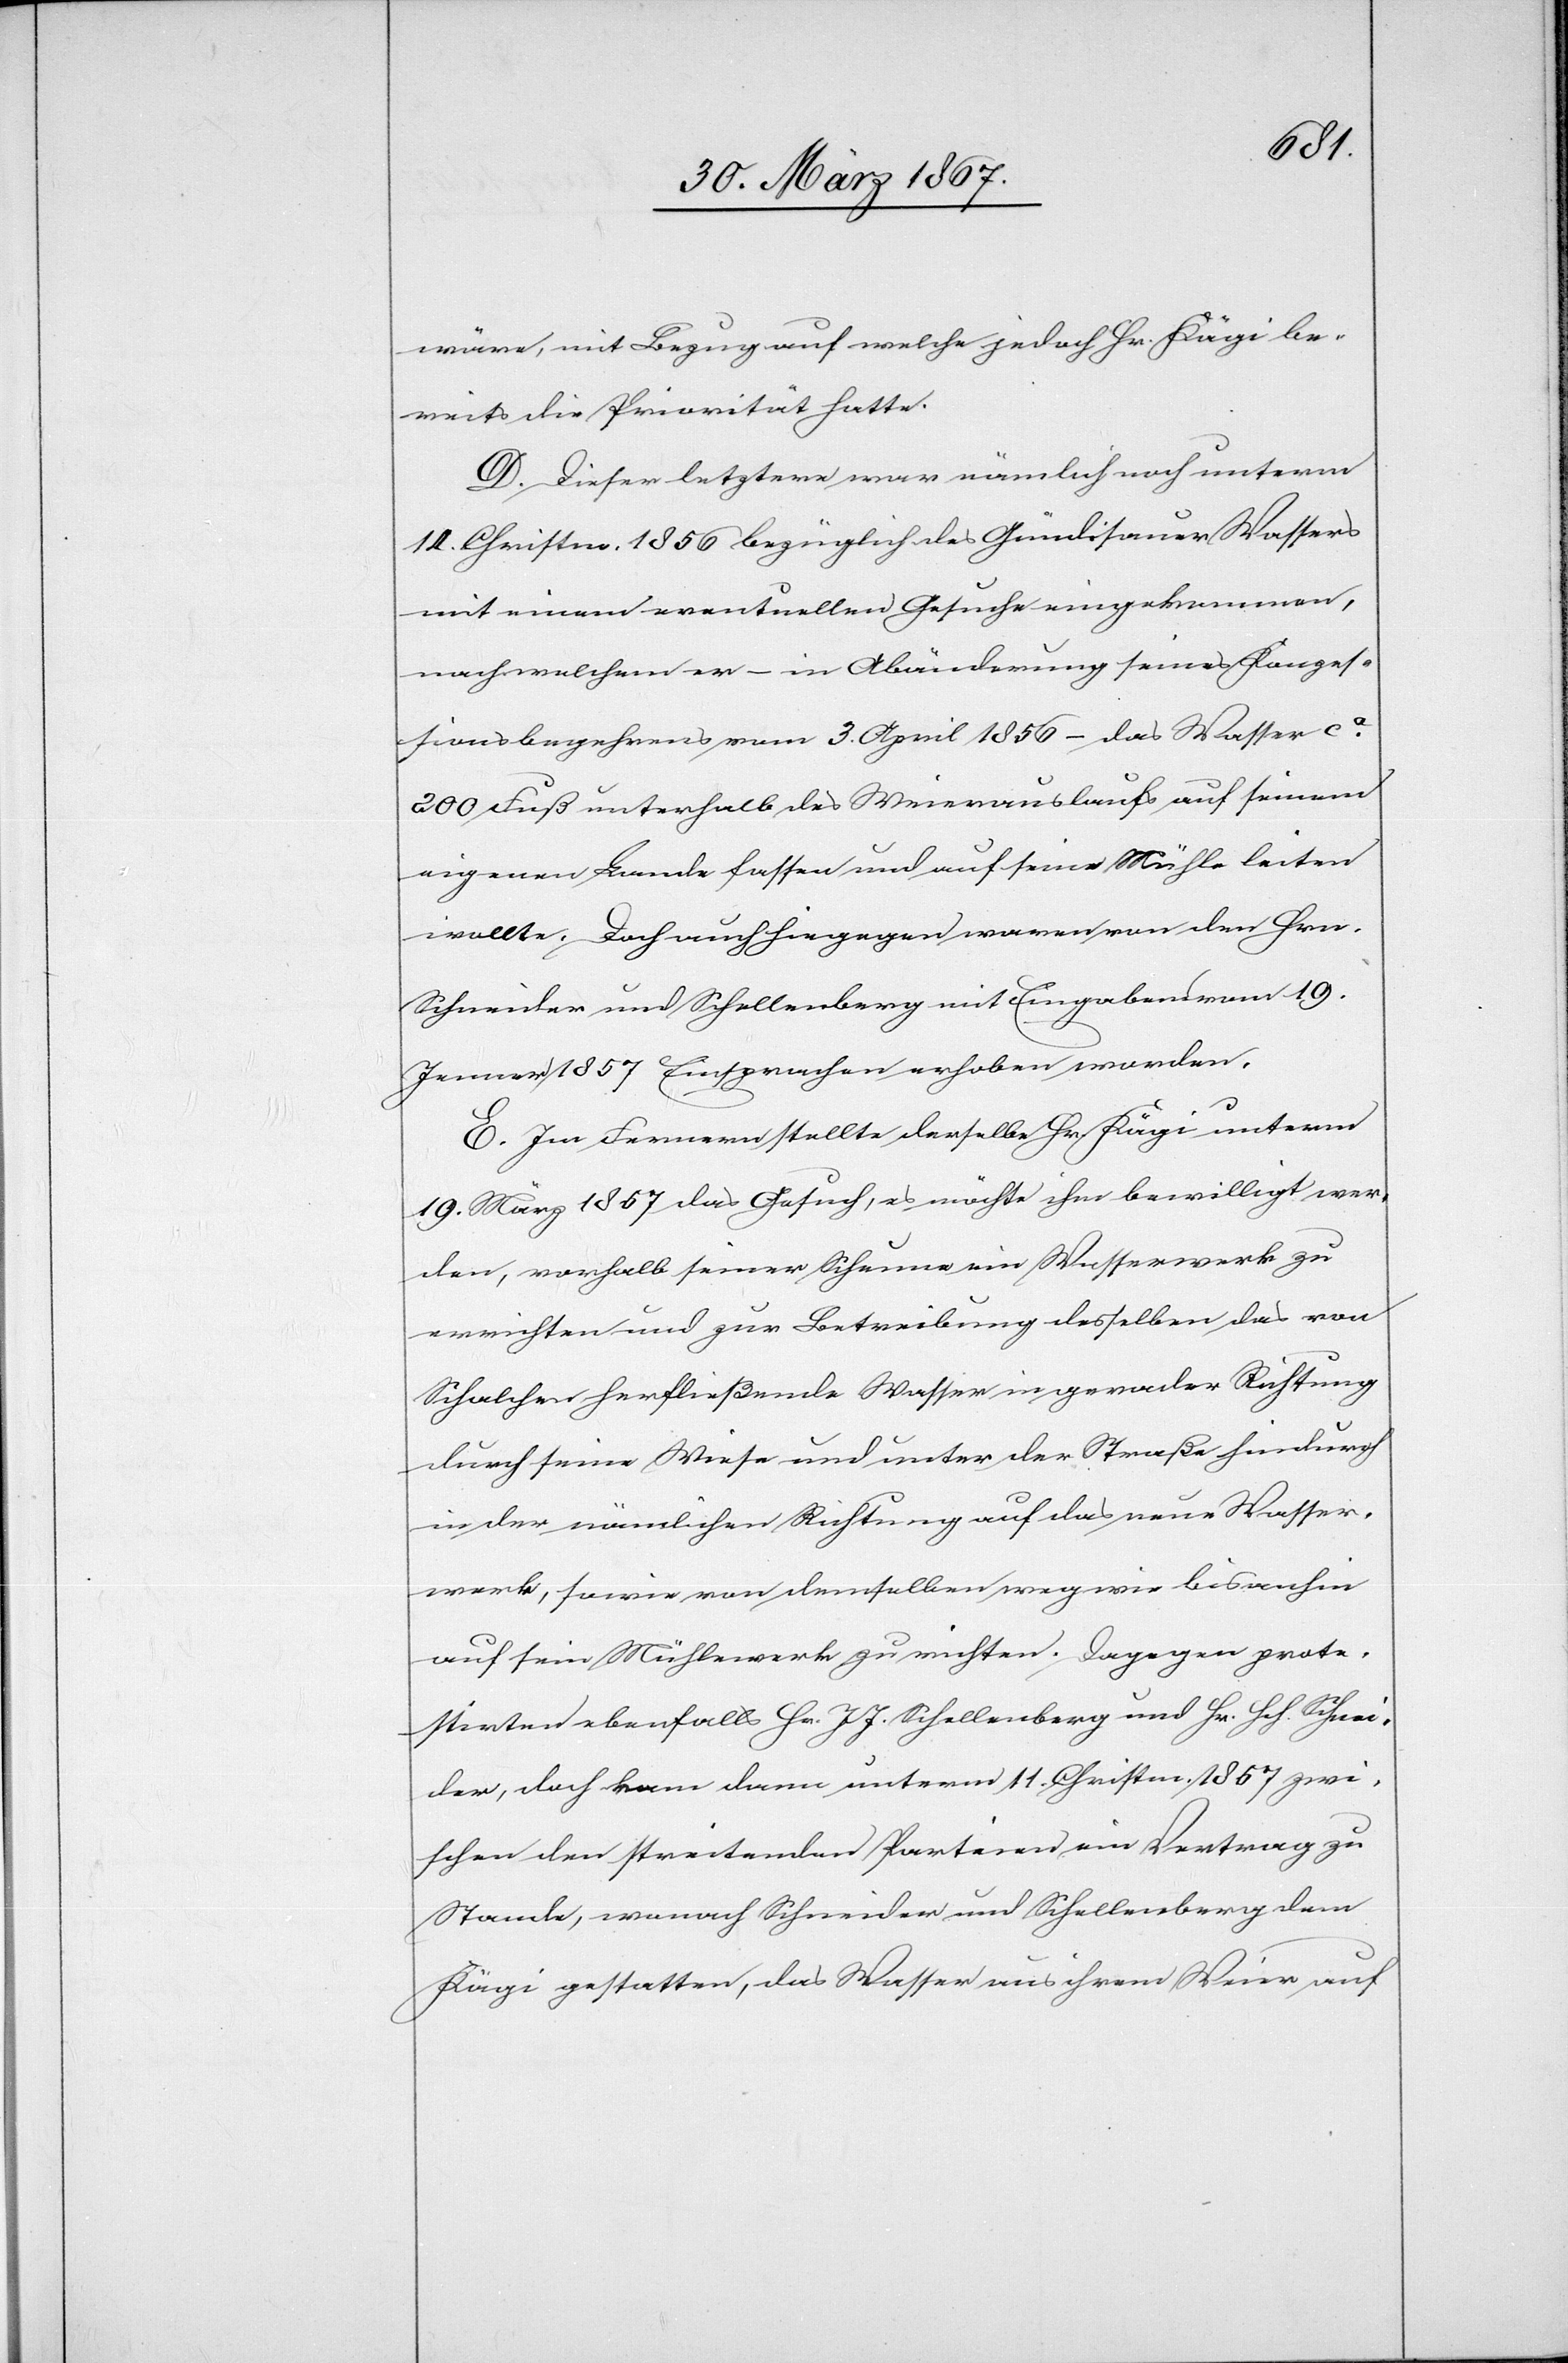
wäre, mit Bezug auf welche jedoch Hr. Kägi be¬
reits die Priorität hatte.
D. Dieser letztere war nämlich noch unterm
14. Christm. 1856 bezüglich des Gündisauer Wassers
mit einem eventuellen Gesuche eingekommen,
nach welchem er – in Abänderung seines Konzes¬
sionsbegehrens vom 3. April 1856 – das Wasser ca.
200 Fuß unterhalb des Weierauslaufs auf seinem
eigenen Lande fassen und auf seine Mühle leiten
wollte. Doch auch hiegegen waren von den Hrn.
Schneider und Schellenberg mit Eingabe vom 19.
Jenner 1857 Einsprachen erhoben worden.
E. Im Fernern stellte, derselbe Hr. Kägi unterm
19. März 1857 das Gesuch, es möchte ihm bewilligt wer¬
den, vorhalb seiner Scheune ein Wasserwerk zu
errichten und zur Betreibung desselben das von
Schalchen herfließende Wasser in gerader Richtung
durch seine Wiese und unter der Straße hindurch
in der nämlichen Richtung auf das neue Wasser¬
werk, sowie von demselben weg wie bis anhin
auf sein Mühlewerk zu richten. Dagegen prote¬
stirten ebenfalls Hr. J. J. Schellenberg und Hr. Hch. Schnei¬
der, doch kam dann unterm 11. Christm. 1857 zwi¬
schen den streitenden Parteien ein Vertrag zu
Stande, wonach Schneider und Schellenberg dem
Kägi gestatten, das Wasser aus ihrem Weier auf